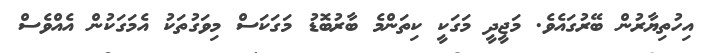
އިހުތިޔާރުން ބޭރުގައެވެ. މަޖީދީ މަގަކީ ކިތަންމެ ބާރުބޮޑު މަގަކަސް މިވަގުތަކު އެމަގަކުން އެއްވެސް